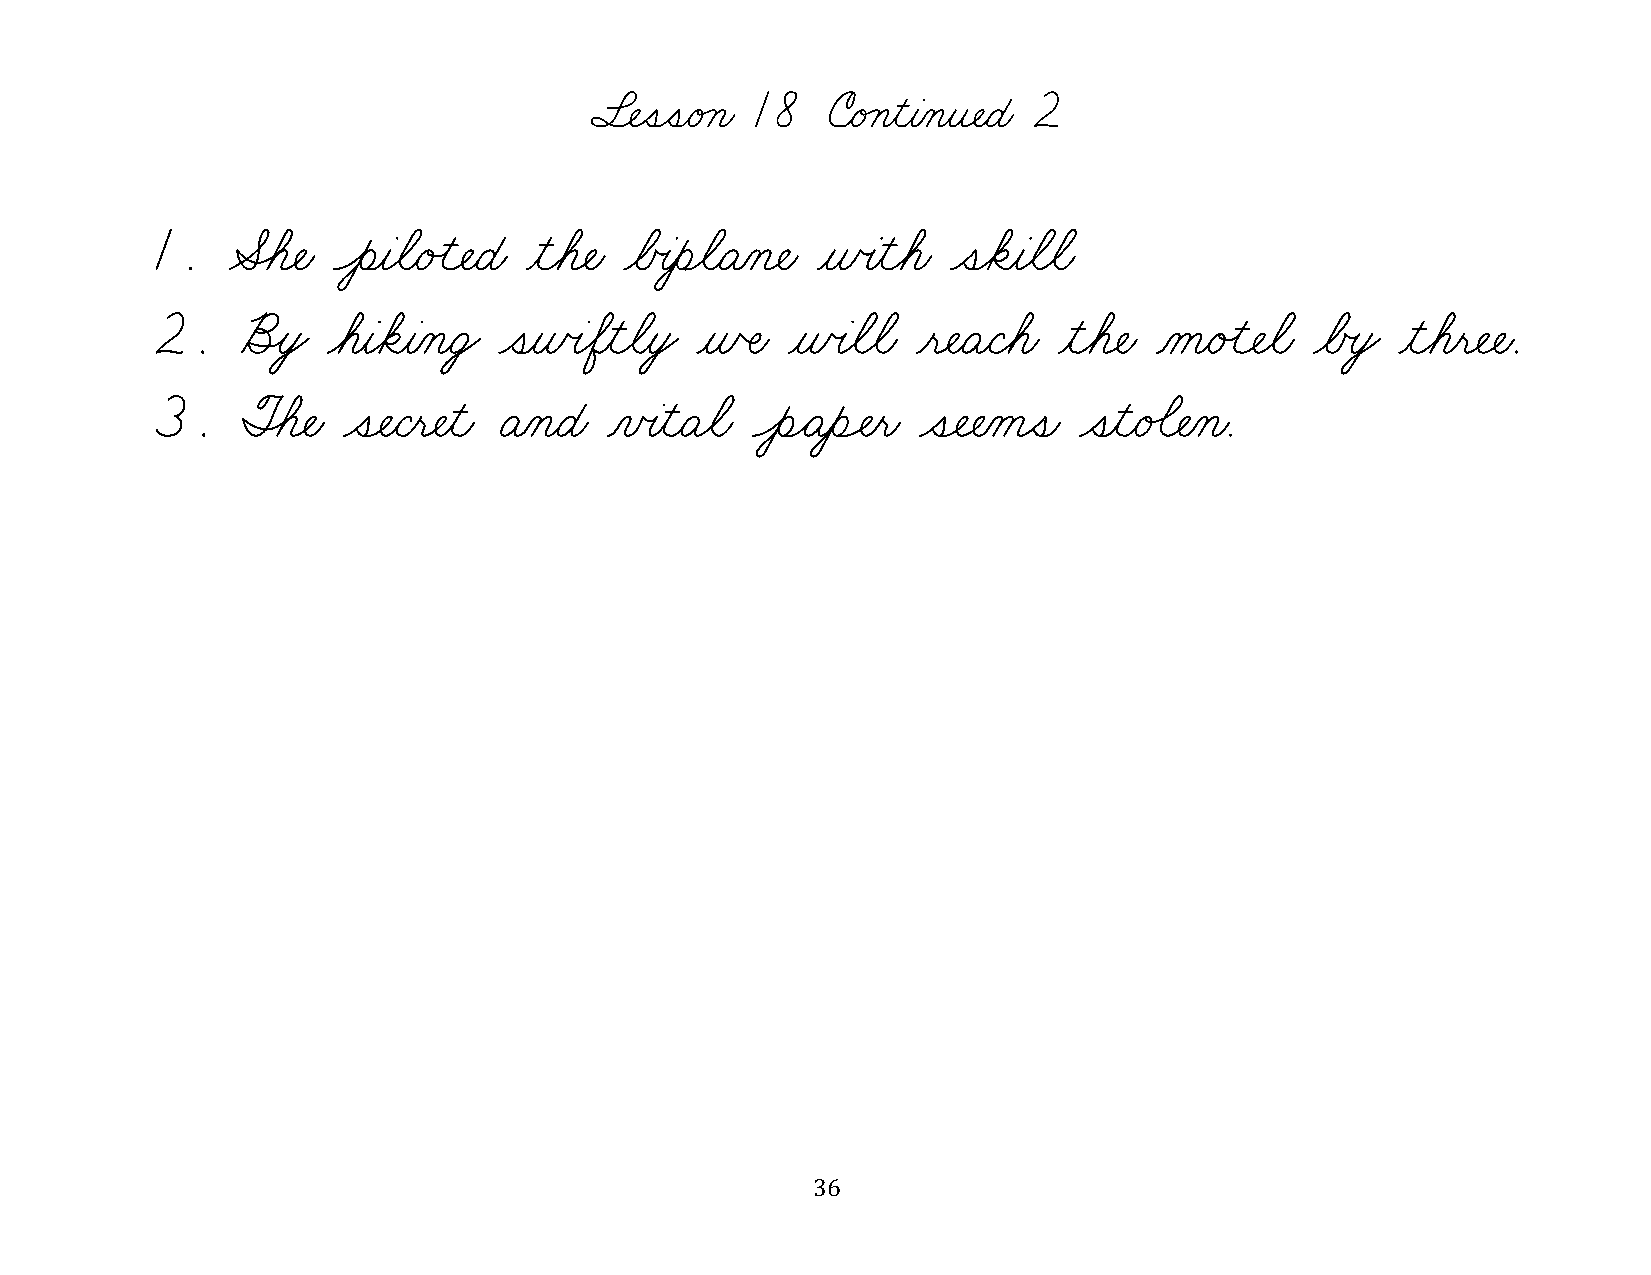
§¬ÑˆíˆíæéÁçæ 18 úæéÁçƒìƒàÀçƒî¬ÑæÉæ 2
 1.   ÆÈá¬Ñæ ÔèƒàøãæéÙì¬ÑæÉæ ƒìøá¬Ñæ øÅœàƒèøãæÄÀç¬Ñæ ƒñœàƒìøáæ ˆíøäƒàøãøãæ
 2.    õÎòŸ  øáƒàøäƒàÀçæÜŸ ˆíƒñœàøÖƒìøãƒòŸ ƒñŒÑæ ƒñœàøãøãæ ƒë¬ÑæÄæÇøáæ ƒìøá¬Ñæ ÀåæéÙì¬Ñøãæ øÅœòŸ ƒìøáƒë¬Ñ¬Ñæ.
 3.    ØÈá¬Ñæ ˆí¬ÑæÇƒë¬Ñƒìæ ÄÀçæÉæ ÀïœàƒìæÄøãæ ÔèÌÄƒèÓÑƒëæ ˆí¬Ñ¬ÑÀåˆíæ ˆíƒìæé‰ã¬ÑÀçæ.
 36